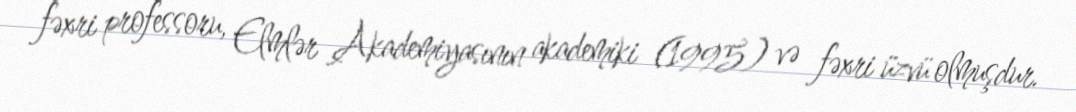
fəxri professoru, Elmlər Akademiyasının akademiki (1995) və fəxri üzvü olmuşdur.